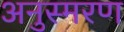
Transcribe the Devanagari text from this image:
अनुस्मरण